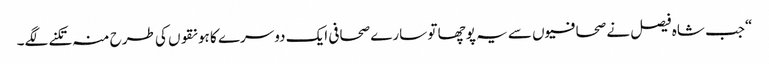
“جب شاہ فیصل نے صحافیوں سے یہ پوچھا تو سارے صحافی ایک دوسرے کا ہونقوں کی طرح منہ تکنے لگے۔